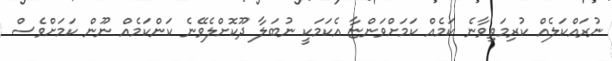
ނުރައްކަލެއް ކުރިމަތިވާނެ ކަމެއް ކަމަށްވަންޏާ އެކަމަކީ ނުބަލާ ދޫކޮށްލެވޭނެ ކަންކަމެއް ނޫން ކަމަށްވެސް